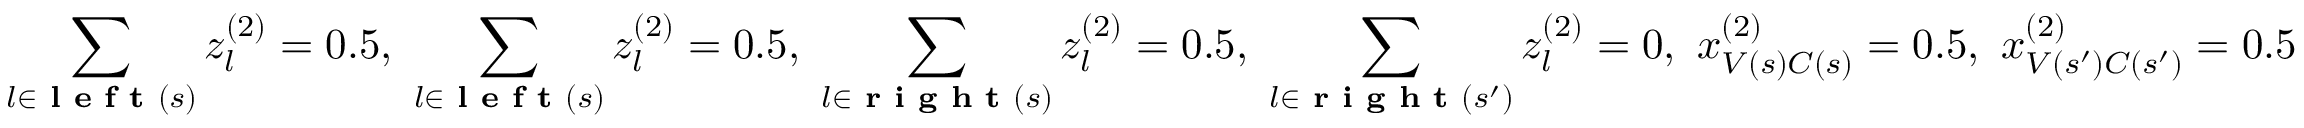
\sum _ { l \in \textbf { l e f t } ( s ) } z _ { l } ^ { ( 2 ) } = 0 . 5 , ~ \sum _ { l \in \textbf { l e f t } ( s ) } z _ { l } ^ { ( 2 ) } = 0 . 5 , ~ \sum _ { l \in \textbf { r i g h t } ( s ) } z _ { l } ^ { ( 2 ) } = 0 . 5 , ~ \sum _ { l \in \textbf { r i g h t } ( s ^ { \prime } ) } z _ { l } ^ { ( 2 ) } = 0 , ~ x _ { V ( s ) C ( s ) } ^ { ( 2 ) } = 0 . 5 , ~ x _ { V ( s ^ { \prime } ) C ( s ^ { \prime } ) } ^ { ( 2 ) } = 0 . 5